Vaccination in the Punjab 1905-1918 - 1905-1918
Year: 1905
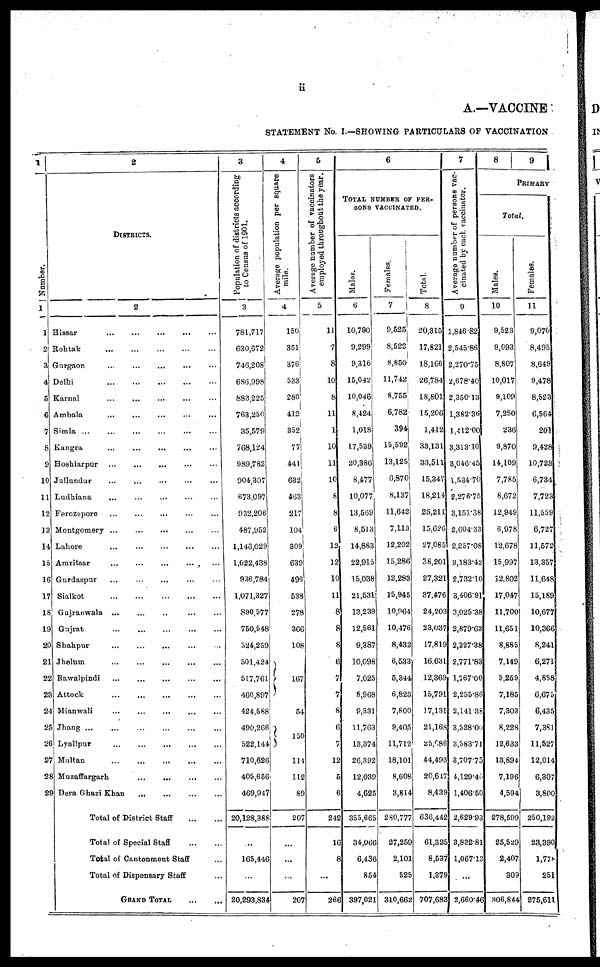
ii
A.—VACCINE
STATEMENT No. I.—SHOWING PARTICULARS OF VACCINATION
1
Number
1
1
2
3
4
5
6
7
8
9
10
11
12
13
14
15
16
17
18
19
20
21
22
23
24
25
26
27
28
29
2
DISTRICTS.
2
Hissar ... ... ... ... ...
Rohtak
...
...
...
...
...
Gurgaon ... ... ... ... ...
Delhi
...
...
...
...
...
Karnal ... ... ... ... ...
Ambala ... ... ... ... ...
Simla ... ... ... ... ...
Kangra ... ... ... ... ...
Hoshiarpur ... ... ... ... ...
Jullundur ... ... ... ... ...
Ludhiana ... ... ... ... ...
Ferozepore ... ... ... ... ...
Montgomery ... ... ... ... ...
Lahore
...
...
...
...
...
Amaritsar ... ... ... ... ...
Gurdaspur
...
...
...
...
...
Sialkot
...
...
...
...
...
Gujranwala ... ... ... ... ...
Gujrat ... ... ... ... ...
Shahpur
...
...
...
...
...
Jhelum ... ... ... ... ...
Rawalpindi ... ... ... ...
Attock
...
...
...
...
...
Mianwali ... ... ... ... ...
Jhang ... ... ... ... ...
Lyallpur ... ... ... ...
Multan
...
...
...
...
...
Muzaffargarh ... ... ... ...
Dera Ghazi Khan ... ... ...
Total of District Staff
...
...
Total of Special Staff
...
...
Total of Cantonment Staff ...
Total of Dispensary Staff ...
GRAND TOTAL
...
...
3
Population of districts according
to Census of 1901.
3
781,717
630,672
746,208
686,998
883,225
763,250
35,579
768,124
989,782
904,307
673,097
932,206
487,952
1,146,029
1,022,438
936,784
1,071,327
890,577
750,548
524,259
501,424
517,761
460,897
424,588
490,266
522,144
710,626
405,656
469,947
20,128,388
...
165,446
...
20,293,834
4
Average population per square
mile.
4
150
351
376
533
280
412
352
77
441
632
463
217
104
309
639
496
538
278
366
108
167
54
150
114
112
89
207
...
...
207
5
Average number of vaccinators
employed throughout the year.
5
11
7
8
10
8
11
1
10
11
10
8
8
6
12
12
10
11
8
8
8
6
7
7
8
6
7
12
5
6
242
16
8
...
266
6
TOTAL NUMBER OF PER-
SONS VACCINATED.
Males.
6
10,790
9,299
9,316
15,042
10,046
8,424
1,018
17,539
20,386
8,477
10,077
13,569
8,513
14,883
22,915
15,038
21,531
13,239
12,561
9,387
10,098
7,025
8,968
9,331
11,763
13,374
26,392
12,039
4,625
355,665
34,066
6,436
854
397,021
Females.
7
9,525
8,522
8,850
11,742
8,755
6,782
394
15,592
13,125
0,870
8,137
11,642
7,113
12,202
15,286
12,283
15,945
10,964
10,476
8,432
6,533
5,344
6,823
7,800
9,405
11,712
18,101
8,608
3,814
280,777
27,259
2,101
525
310,662
Total.
8
20,315
17,821
18,166
26,784
18,801
15,206
1,412
33,131
33,511
15,347
18,214
25,211
15,626
27,085
38,201
27,321
37,476
24,203
23,037
17,819
16,631
12,369
15,791
17,131
21,168
25,086
44,493
20,647
8,439
636,442
61,325
8,537
1,379
707,683
7
Average number of persons vac-
cinated by each vaccinator.
9
1,846.82
2,545.86
2,270.75
2,678.40
2,350.13
1,382.36
1,412.00
3,313.10
3,046.45
1,534.70
2,276.75
3,151.38
2,604.33
2,257.08
3,183.42
2,732.10
3,406.91
3,025.38
2,879.63
2,227.38
2,771.83
1,767.00
2,255.86
2,141.38
3,528.00
3,583.71
3,707.75
4,129.40
1,406.50
2,629.93
3,832.81
1,067.13
...
2,660.46
8
9
PRIMARY
Total.
Males.
10
9,523
9,093
8,807
10,017
9,109
7,250
236
9,870
14,109
7,785
8,672
12,949
6,978
12,678
15,997
12,802
17,047
11,700
11,651
8,885
7,149
5,259
7,185
7,303
8,228
12,633
13,894
7,196
4,594
278,599
25,529
2,407
309
306,844
Females.
11
9,070
8,495
8,649
9,478
8,523
6,564
201
9,428
10,723
6,734
7,723
11,559
6,727
11,572
13,357
11,648
15,189
10,677
10,366
8,241
6,271
4,858
6,675
6,435
7,381
11,527
12,014
6,307
3,800
250,192
23,390
1,778
251
275,611